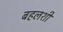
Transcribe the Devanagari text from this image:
बहलशी